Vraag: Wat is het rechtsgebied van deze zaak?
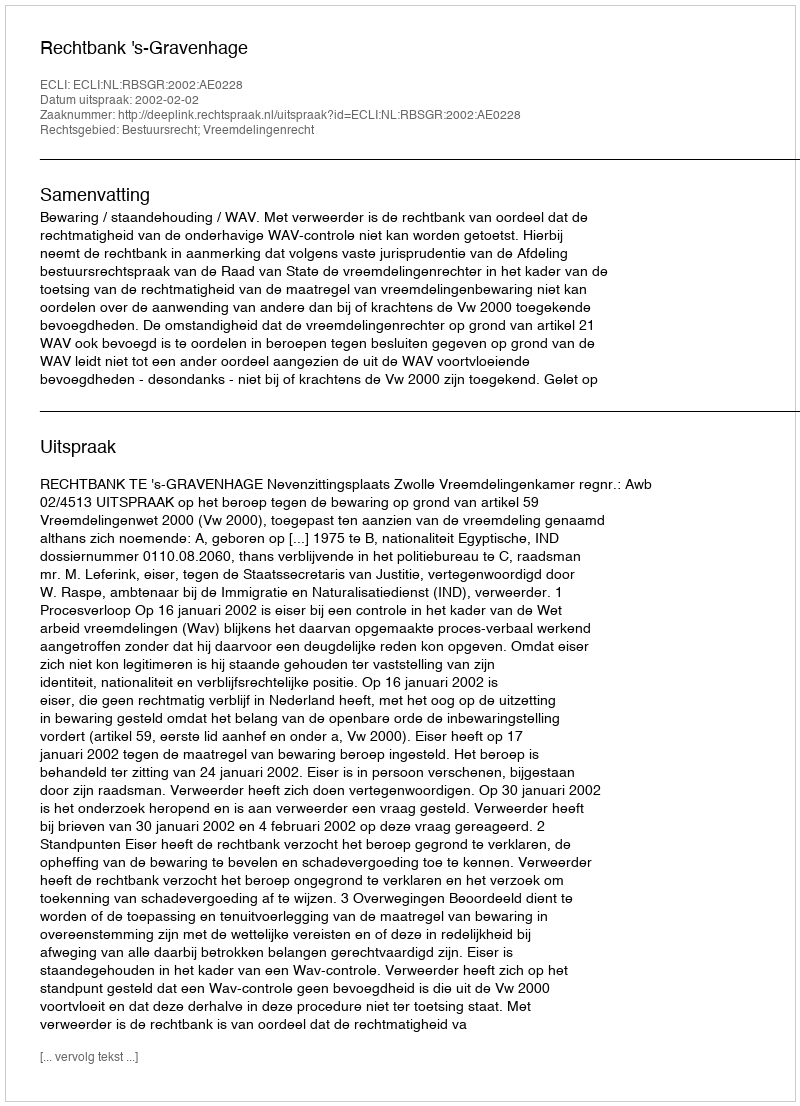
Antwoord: Bestuursrecht; Vreemdelingenrecht